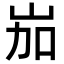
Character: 𡶥